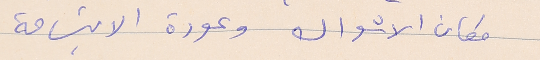
مكان الاشواك وعودة الابتسامة